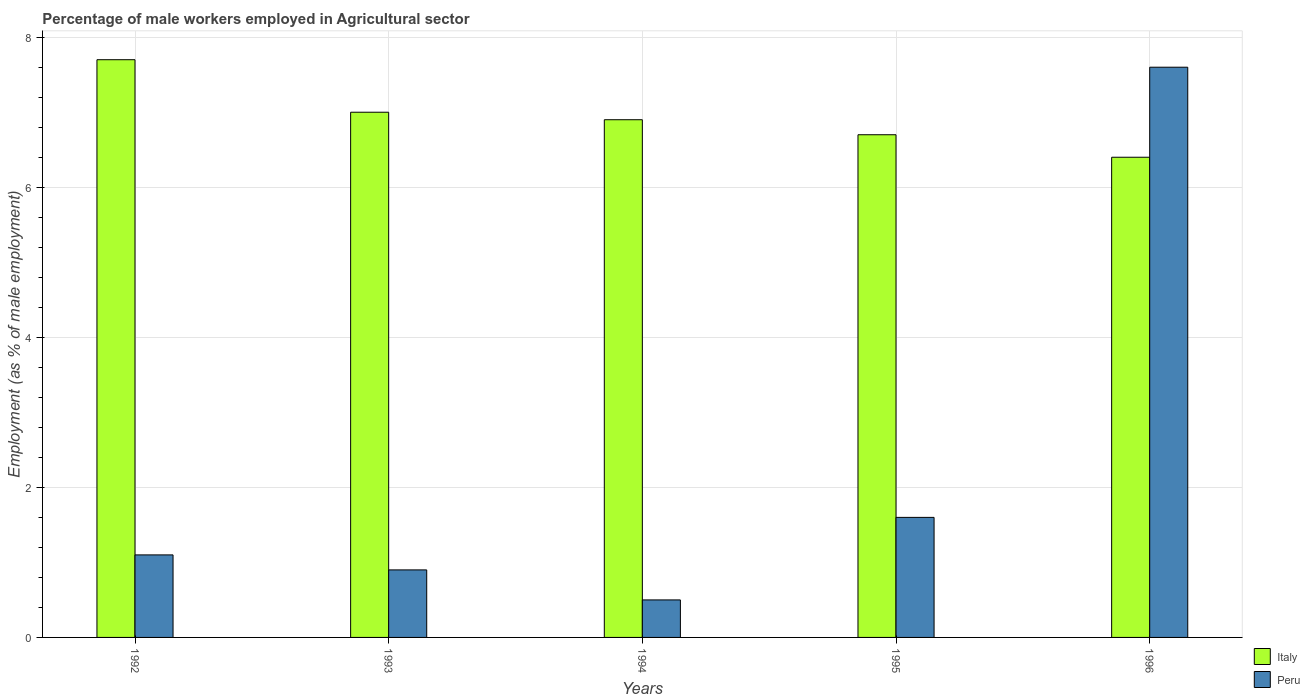
| Years | Italy | Peru |
 | --- | --- | --- |
 | 1992 | 7.7 | 1.1 |
 | 1993 | 7 | 0.9 |
 | 1994 | 6.9 | 0.5 |
 | 1995 | 6.7 | 1.6 |
 | 1996 | 6.4 | 7.6 |